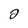
Character: 2